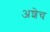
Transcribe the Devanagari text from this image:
अशेच